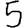
Digit: 5